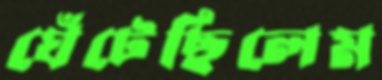
ঘেঁটেছিলেম